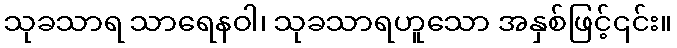
သုခသာရ သာရေနဝါ၊ သုခသာရဟူသော အနှစ်ဖြင့်၎င်း။